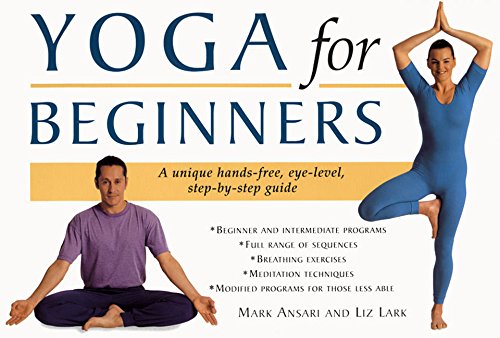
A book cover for Yoga for Beginners; Mark Ansari; Health, Fitness & Dieting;